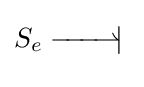
S_{e}\;{\overset {\textstyle }{\underset {\textstyle }{-\!\!\!-\!\!\!-\!\!\!\rightharpoonup \!\!\!|}}}\;